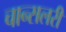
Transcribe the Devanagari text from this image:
चान्सलरी